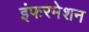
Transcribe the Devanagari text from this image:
इंफरमेशन